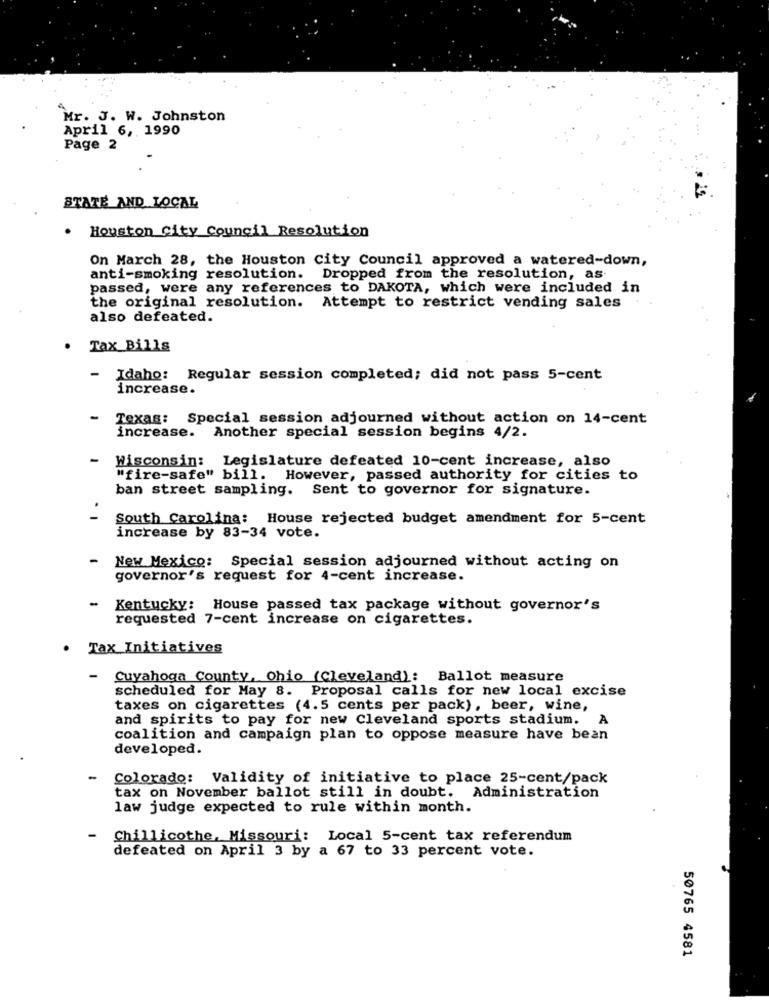
Mr. J. W. Johnston
April 6, 1990
Page 2
STATE AND LOCAL
Houston City Council Resolution
On March 28, the Houston City Council approved a watered-down,
anti-smoking resolution. Dropped from the resolution, as-
passed, were any references to DAKOTA, which were included in
the original resolution. Attempt to restrict vending sales.
also defeated.
.
Tax_Bills
-
Idaho: Regular session completed; did not pass 5-cent
increase.
-
Texas: Special session adjourned without action on 14-cent
increase. Another special session begins 4/2.
Wisconsin: Legislature defeated 10-cent increase, also
"fire-safe" bill. However, passed authority for cities to
ban street sampling. Sent to governor for signature.
South Carolina: House rejected budget amendment for 5-cent
increase by 83-34 vote.
-
New Mexico: Special session adjourned without acting on
governor's request for 4-cent increase.
- Kentucky: House passed tax package without governor's
requested 7-cent increase on cigarettes.
. Tax Initiatives
-
Cuyahoga County, Ohio (Cleveland): Ballot measure
scheduled for May 8. Proposal calls for new local excise
taxes on cigarettes (4.5 cents per pack), beer, wine,
and spirits to pay for new Cleveland sports stadium.
A
coalition and campaign plan to oppose measure have bean
developed.
-
Colorado: Validity of initiative to place 25-cent/pack
tax on November ballot still in doubt. Administration
law judge expected to rule within month.
-
Chillicothe, Missouri: Local 5-cent tax referendum
defeated on April 3 by a 67 to 33 percent vote.
50765 4581